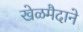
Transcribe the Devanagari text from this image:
खेळमैदाने